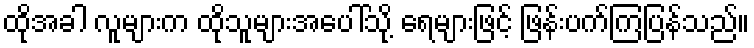
ထိုအခါ လူများက ထိုသူများအပေါ်သို့ ရေများဖြင့် ဖြန်းပက်ကြပြန်သည်။